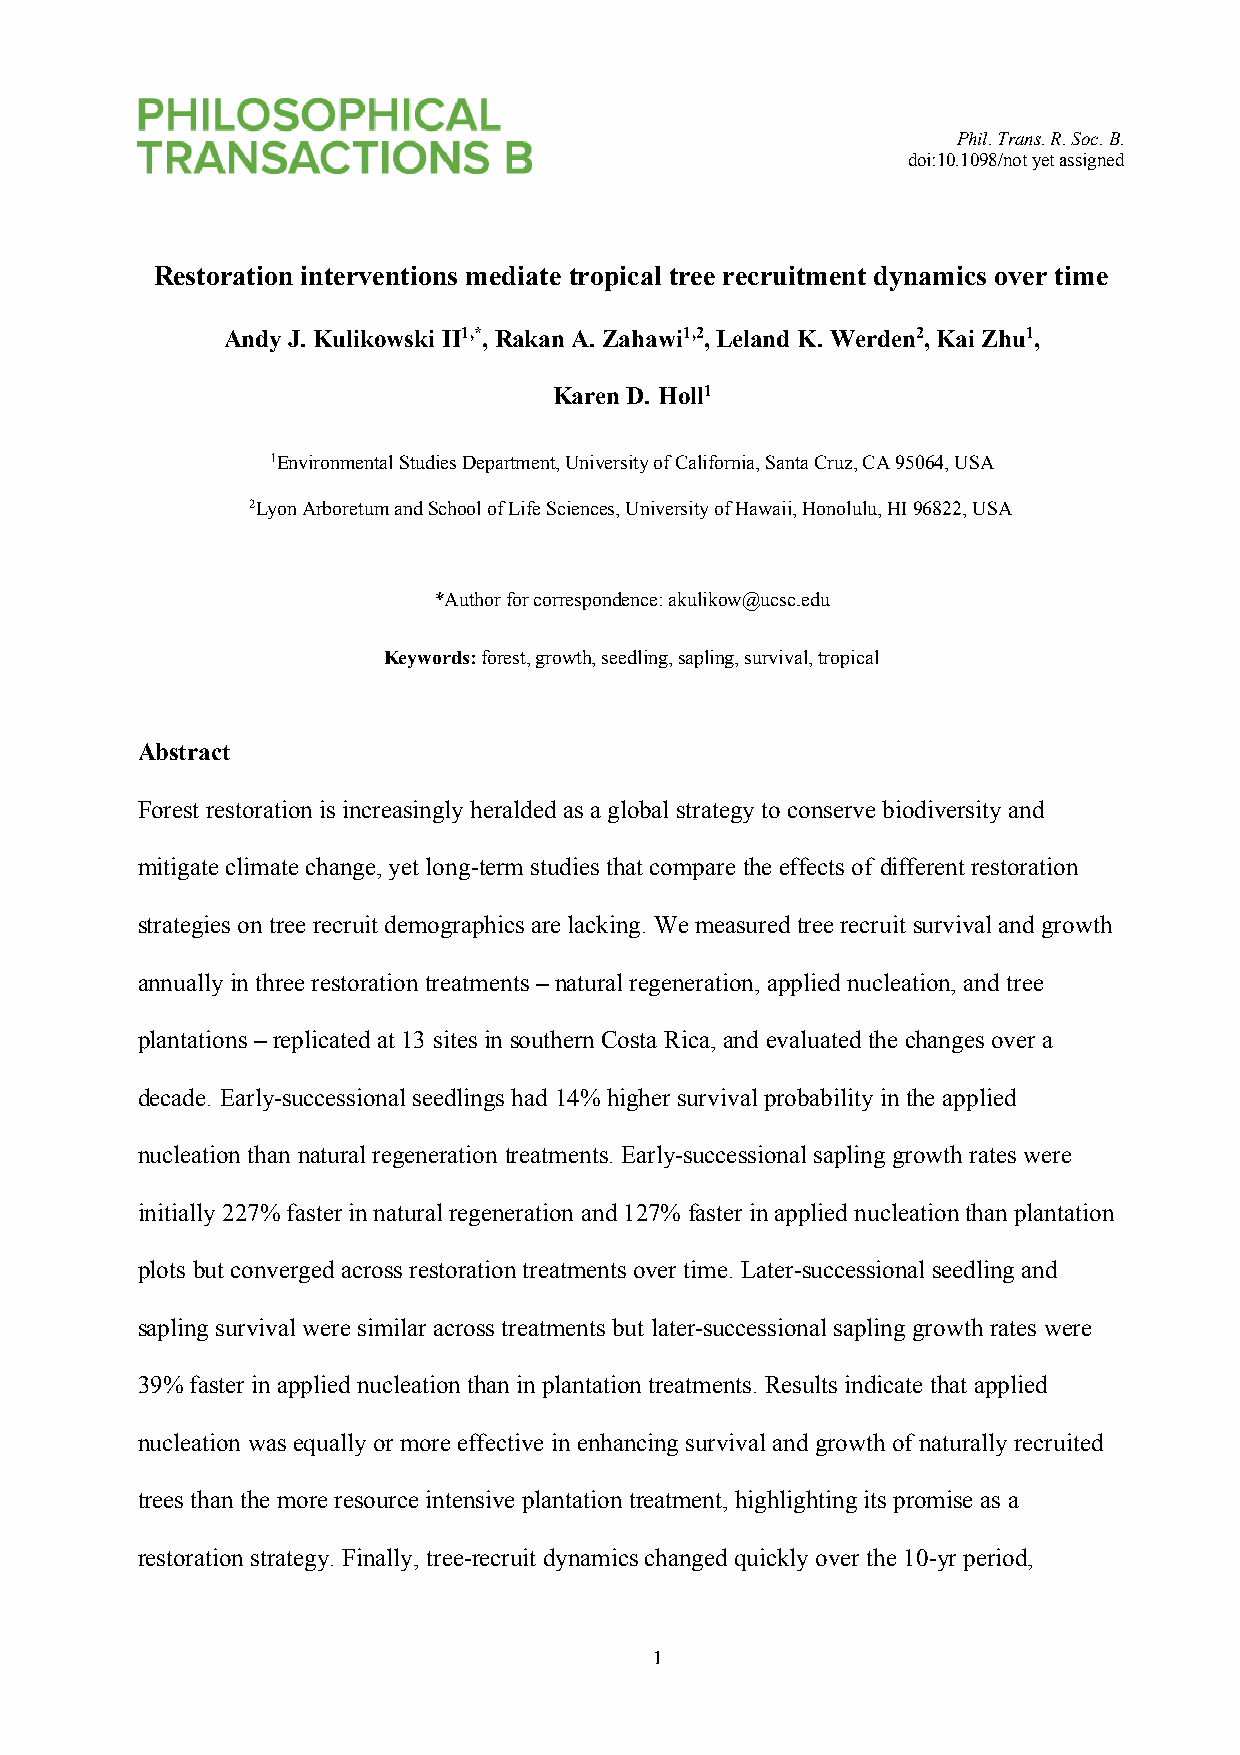
Phil. Trans. R. Soc. B.
 doi:10.1098/not yet assigned
 Restoration interventions mediate tropical tree recruitment dynamics over time
 Andy J. Kulikowski II1,*, Rakan A. Zahawi1,2, Leland K. Werden2, Kai Zhu1,
 Karen D. Holl1
 1Environmental Studies Department, University of California, Santa Cruz, CA 95064, USA
 2Lyon Arboretum and School of Life Sciences, University of Hawaii, Honolulu, HI 96822, USA
 *Author for correspondence: akulikow@ucsc.edu
 Keywords: forest, growth, seedling, sapling, survival, tropical
 Abstract
 Forest restoration is increasingly heralded as a global strategy to conserve biodiversity and
 mitigate climate change, yet long-term studies that compare the effects of different restoration
 strategies on tree recruit demographics are lacking. We measured tree recruit survival and growth
 annually in three restoration treatments ‒ natural regeneration, applied nucleation, and tree
 plantations ‒ replicated at 13 sites in southern Costa Rica, and evaluated the changes over a
 decade. Early-successional seedlings had 14% higher survival probability in the applied
 nucleation than natural regeneration treatments. Early-successional sapling growth rates were
 initially 227% faster in natural regeneration and 127% faster in applied nucleation than plantation
 plots but converged across restoration treatments over time. Later-successional seedling and
 sapling survival were similar across treatments but later-successional sapling growth rates were
 39% faster in applied nucleation than in plantation treatments. Results indicate that applied
 nucleation was equally or more effective in enhancing survival and growth of naturally recruited
 trees than the more resource intensive plantation treatment, highlighting its promise as a
 restoration strategy. Finally, tree-recruit dynamics changed quickly over the 10-yr period,
 1